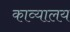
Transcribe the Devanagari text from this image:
काव्यालय